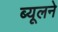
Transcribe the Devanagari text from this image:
ब्यूलने